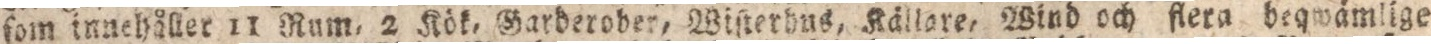
fom innehåller 11 Rum, 2 Kök, Garberober, Wisterhus, Källare, Wind och flera beqwämlige